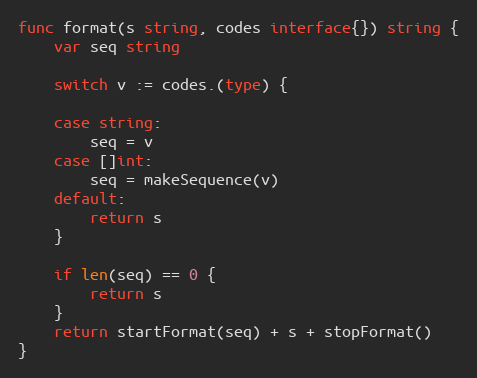
Language: Go
func format(s string, codes interface{}) string {
	var seq string

	switch v := codes.(type) {

	case string:
		seq = v
	case []int:
		seq = makeSequence(v)
	default:
		return s
	}

	if len(seq) == 0 {
		return s
	}
	return startFormat(seq) + s + stopFormat()
}